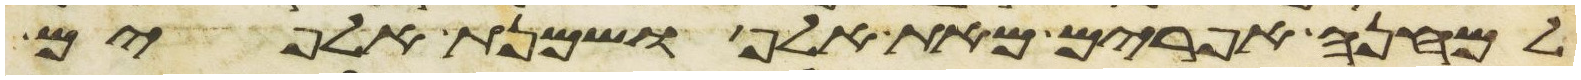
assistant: למחנה אפרים מאת אלף ושמנת אלפים